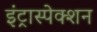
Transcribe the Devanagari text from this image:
इंट्रास्पेक्शन